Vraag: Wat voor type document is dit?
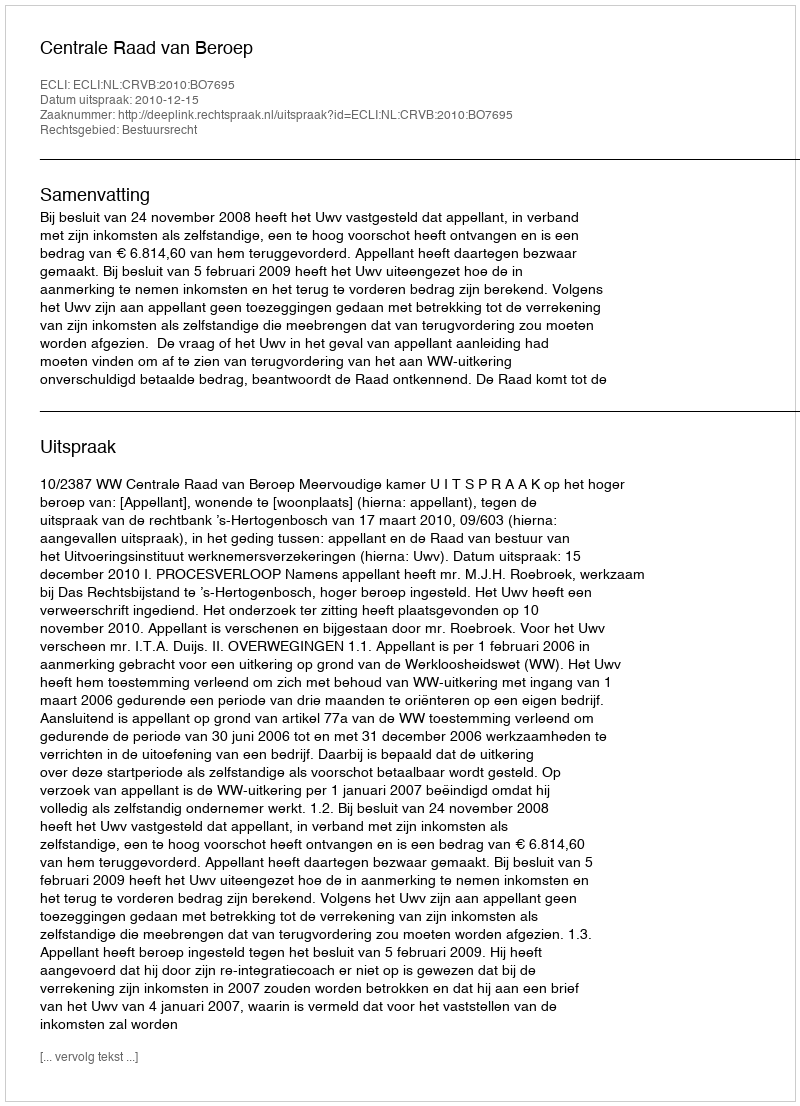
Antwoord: Uitspraak